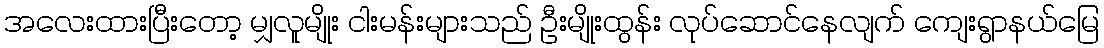
အလေးထားပြီးတော့ မျှလူမျိုး ငါးမန်းများသည် ဦးမျိုးထွန်း လုပ်ဆောင်နေလျက် ကျေးရွာနယ်မြေ